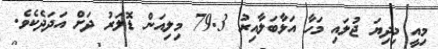
މިއީ މިދިޔަ ޖުލައި މަހާ އަޅާބަލާއިރު 79.3 މިލިއަން ޑޮލަރު ދަށް އަދަދެކެވެ.